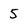
Character: 5